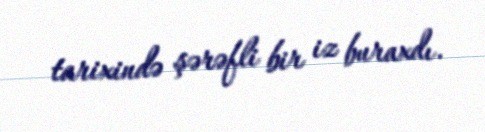
tarixində şərəfli bir iz buraxdı.